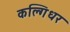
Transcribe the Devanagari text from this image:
कल्गिधर